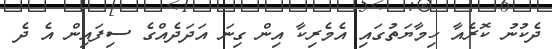
ދެކުނު ކޮރެއާ ހިމާޔަތުގައި އެމެރިކާ އިން ގިނަ އަދަދެއްގެ ސިފައިން އެ ދެ